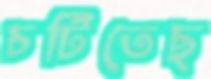
চটিতেছ